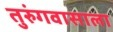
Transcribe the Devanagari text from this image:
तुरुंगवासाला